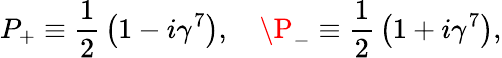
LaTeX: P_{+}\equiv{\frac{1}{2}}\left(1-i\gamma^{7}\right),\ \ \ \ \P_{-}\equiv{\frac{1}{2}}\left(1+i\gamma^{7}\right),